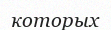
которых